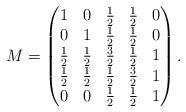
LaTeX: \begin{align*}M=\begin{pmatrix}1 & 0 & \frac{1}{2} & \frac{1}{2} & 0\\0 & 1 & \frac{1}{2} & \frac{1}{2} & 0\\\frac{1}{2} & \frac{1}{2} & \frac{3}{2} & \frac{1}{2} & 1\\\frac{1}{2} & \frac{1}{2} & \frac{1}{2} & \frac{3}{2} & 1\\0 & 0 & \frac{1}{2} & \frac{1}{2} & 1\end{pmatrix}.\end{align*}